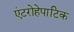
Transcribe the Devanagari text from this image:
एंटरोहेपाटिक